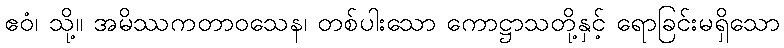
ဧဝံ၊ သို့။ အမိဿကတာဝသေန၊ တစ်ပါးသော ကောဋ္ဌာသတို့နှင့် ရောခြင်းမရှိသော